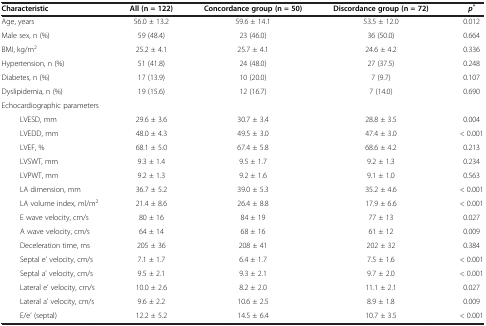
<table><thead><tr><td><b>Characteristic</b></td><td><b>All (n = 122)</b></td><td><b>Concordance group (n = 50)</b></td><td><b>Discordance group (n = 72)</b></td><td><b><i>p</i><sup><i>*</i></sup></b></td></tr></thead><tbody><tr><td>Age, years</td><td>56.0 ± 13.2</td><td>59.6 ± 14.1</td><td>53.5 ± 12.0</td><td>0.012</td></tr><tr><td>Male sex, n (%)</td><td>59 (48.4)</td><td>23 (46.0)</td><td>36 (50.0)</td><td>0.664</td></tr><tr><td>BMI, kg/m<sup>2</sup></td><td>25.2 ± 4.1</td><td>25.7 ± 4.1</td><td>24.6 ± 4.2</td><td>0.336</td></tr><tr><td>Hypertension, n (%)</td><td>51 (41.8)</td><td>24 (48.0)</td><td>27 (37.5)</td><td>0.248</td></tr><tr><td>Diabetes, n (%)</td><td>17 (13.9)</td><td>10 (20.0)</td><td>7 (9.7)</td><td>0.107</td></tr><tr><td>Dyslipidemia, n (%)</td><td>19 (15.6)</td><td>12 (16.7)</td><td>7 (14.0)</td><td>0.690</td></tr><tr><td>Echocardiographic parameters</td><td> </td><td> </td><td> </td><td> </td></tr><tr><td>LVESD, mm</td><td>29.6 ± 3.6</td><td>30.7 ± 3.4</td><td>28.8 ± 3.5</td><td>0.004</td></tr><tr><td>LVEDD, mm</td><td>48.0 ± 4.3</td><td>49.5 ± 3.0</td><td>47.4 ± 3.0</td><td>&lt; 0.001</td></tr><tr><td>LVEF, %</td><td>68.1 ± 5.0</td><td>67.4 ± 5.8</td><td>68.6 ± 4.2</td><td>0.213</td></tr><tr><td>LVSWT, mm</td><td>9.3 ± 1.4</td><td>9.5 ± 1.7</td><td>9.2 ± 1.3</td><td>0.234</td></tr><tr><td>LVPWT, mm</td><td>9.2 ± 1.3</td><td>9.2 ± 1.6</td><td>9.1 ± 1.0</td><td>0.563</td></tr><tr><td>LA dimension, mm</td><td>36.7 ± 5.2</td><td>39.0 ± 5.3</td><td>35.2 ± 4.6</td><td>&lt; 0.001</td></tr><tr><td>LA volume index, ml/m<sup>2</sup></td><td>21.4 ± 8.6</td><td>26.4 ± 8.8</td><td>17.9 ± 6.6</td><td>&lt; 0.001</td></tr><tr><td>E wave velocity, cm/s</td><td>80 ± 16</td><td>84 ± 19</td><td>77 ± 13</td><td>0.027</td></tr><tr><td>A wave velocity, cm/s</td><td>64 ± 14</td><td>68 ± 16</td><td>61 ± 12</td><td>0.009</td></tr><tr><td>Deceleration time, ms</td><td>205 ± 36</td><td>208 ± 41</td><td>202 ± 32</td><td>0.384</td></tr><tr><td>Septal e’ velocity, cm/s</td><td>7.1 ± 1.7</td><td>6.4 ± 1.7</td><td>7.5 ± 1.6</td><td>&lt; 0.001</td></tr><tr><td>Septal a’ velocity, cm/s</td><td>9.5 ± 2.1</td><td>9.3 ± 2.1</td><td>9.7 ± 2.0</td><td>&lt; 0.001</td></tr><tr><td>Lateral e’ velocity, cm/s</td><td>10.0 ± 2.6</td><td>8.2 ± 2.0</td><td>11.1 ± 2.1</td><td>0.027</td></tr><tr><td>Lateral a’ velocity, cm/s</td><td>9.6 ± 2.2</td><td>10.6 ± 2.5</td><td>8.9 ± 1.8</td><td>0.009</td></tr><tr><td>E/e’ (septal)</td><td>12.2 ± 5.2</td><td>14.5 ± 6.4</td><td>10.7 ± 3.5</td><td>&lt; 0.001</td></tr></tbody></table>